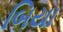
બિયા